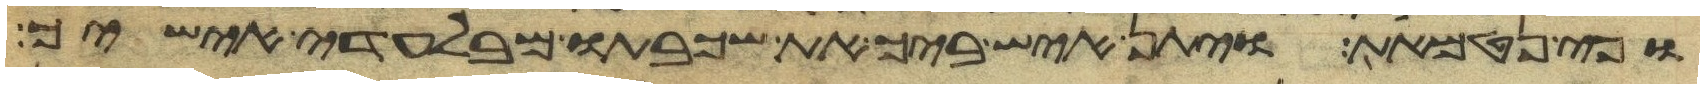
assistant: וכי נטמאת ויתן איש ביך את שכבתו מבלעדי אישיך